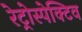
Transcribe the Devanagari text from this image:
रेट्रोस्‍पेक्टिव